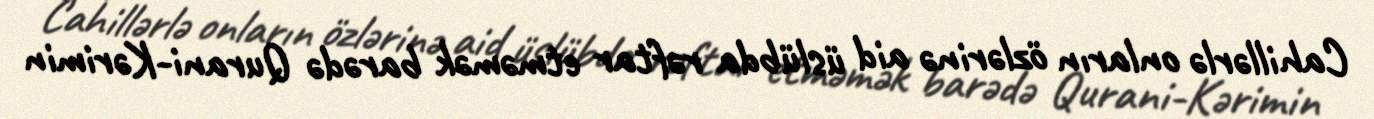
Cahillərlə onların özlərinə aid üslübda rəftar etməmək barədə Qurani-Kərimin